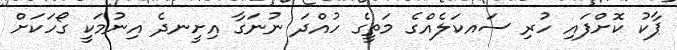
ޕާކު ކޮށްފައި ހުރި ސައކަލެއްގެ މަތީގެ ހުއްދަ ނުނަގާ އިށީނދެ އިނުމަކީ ގޯހަކަށް